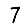
Digit: 7